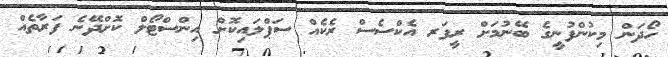
ހޯދަން މިކުންފުނީގެ ބޭނުމަށް ރީފަރ އެކްސެސް ރެކެއް ސަޕްލައިކޮށް އިންސްޓޯލް ކޮށްދޭނެ ފަރާތެއް